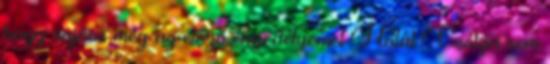
hogy sajnos még az előző engedélyemet Halál Csókja sem